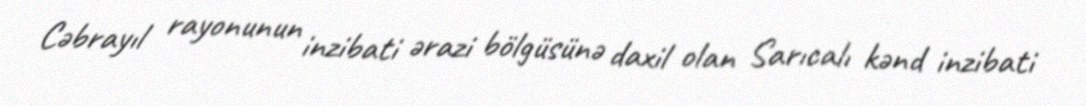
Cəbrayıl rayonunun inzibati ərazi bölgüsünə daxil olan Sarıcalı kənd inzibati